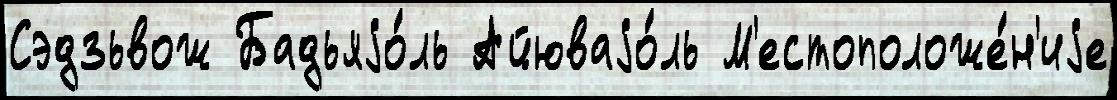
Сэдзьвож Бадьяjо́ль Айюваjо́ль М'естоположе́н'иjе